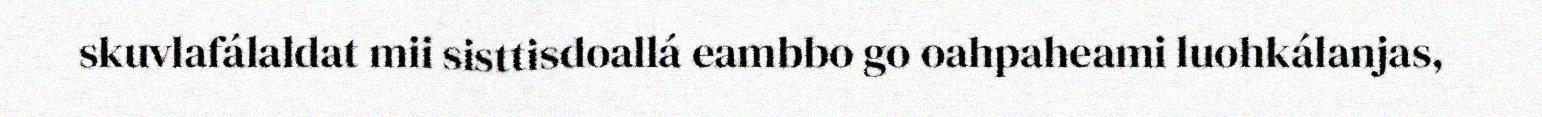
skuvlafálaldat mii sisttisdoallá eambbo go oahpaheami luohkálanjas,